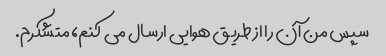
سپس من آن را از طریق هوایی ارسال می کنم، متشکرم.